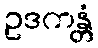
ဥဒကန္တံ